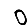
Digit: 0